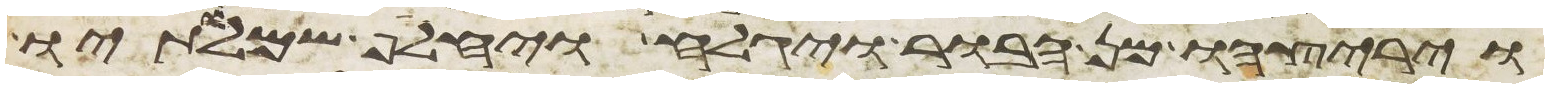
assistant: ויריצהו מן הבור ויגלח ויחלף שמלתיו